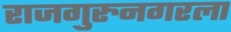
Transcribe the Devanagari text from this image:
राजगुरुनगरला